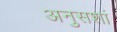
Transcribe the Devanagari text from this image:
अनुसशां